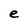
Character: e